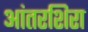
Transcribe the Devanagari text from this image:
आंतरशिरा